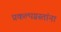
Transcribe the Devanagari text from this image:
प्रकल्पग्रस्तांना